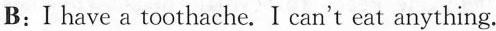
B：I have a toothache.I can't eat anything.